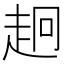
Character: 𧺸